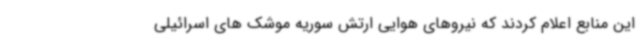
این منابع اعلام کردند که نیروهای هوایی ارتش سوریه موشک های اسرائیلی